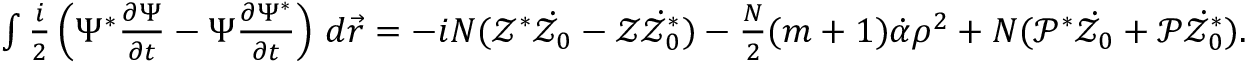
\begin{array} { r } { \int \frac { i } { 2 } \left( \Psi ^ { * } \frac { \partial \Psi } { \partial t } - \Psi \frac { \partial \Psi ^ { * } } { \partial t } \right) \, d \vec { r } = - i N ( \mathcal { Z } ^ { * } \dot { \mathcal { Z } _ { 0 } } - \mathcal { Z } \dot { \mathcal { Z } _ { 0 } ^ { * } } ) - \frac { N } { 2 } ( m + 1 ) \dot { \mathcal { \alpha } } \rho ^ { 2 } + N ( \mathcal { P } ^ { * } \dot { \mathcal { Z } _ { 0 } } + \mathcal { P } \dot { \mathcal { Z } _ { 0 } ^ { * } } ) . } \end{array}